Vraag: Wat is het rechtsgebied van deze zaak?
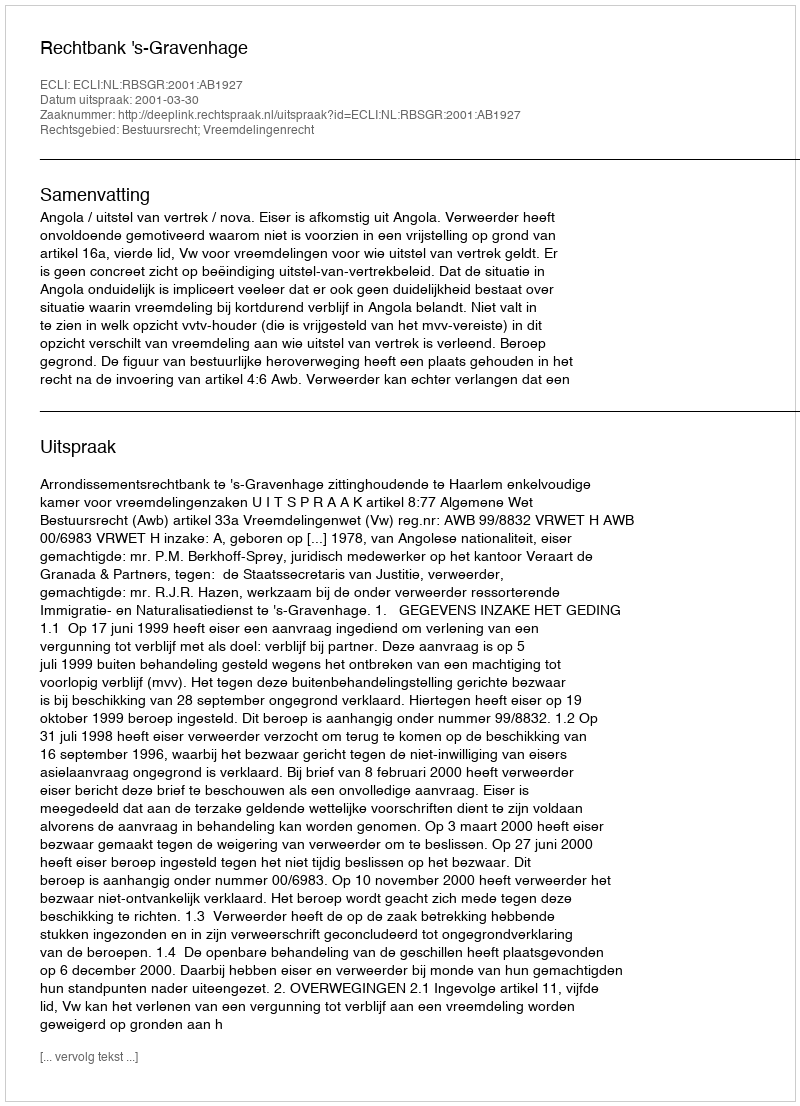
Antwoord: Bestuursrecht; Vreemdelingenrecht